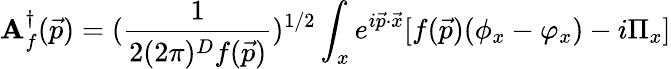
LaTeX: \mathbf{A}_{f}^{\dagger}(\vec{{p}})=({\frac{{1}}{{2(2\pi)^{D}f(\vec{{p}})}}})^{1/2}\int_{x}e^{i\vec{{p}}\cdot\vec{{x}}}[f(\vec{{p}})(\phi_{x}-\varphi_{x})-i\Pi_{x}]